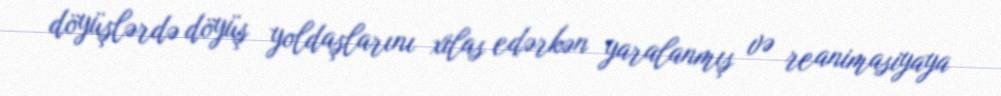
döyüşlərdə döyüş yoldaşlarını xilas edərkən yaralanmış və reanimasiyaya